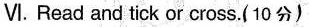
Ⅵ.Read and tick or cross.( 10分)